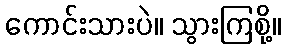
ကောင်းသားပဲ။ သွားကြစို့။